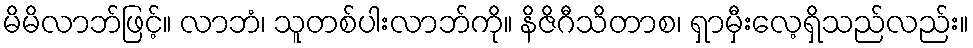
မိမိလာဘ်ဖြင့်။ လာဘံ၊ သူတစ်ပါးလာဘ်ကို။ နိဇိဂီသိတာစ၊ ရှာမှီးလေ့ရှိသည်လည်း။